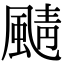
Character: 𩗼